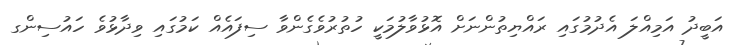
އަބީދު އަމިއްލަ އެދުމުގައި ރައްޔިތުންނަށް އޮޅުވާލުމަކީ ހުތުރުވެގެންވާ ސިފައެއް ކަމުގައި ވިދާޅުވެ ހައުސިންގ